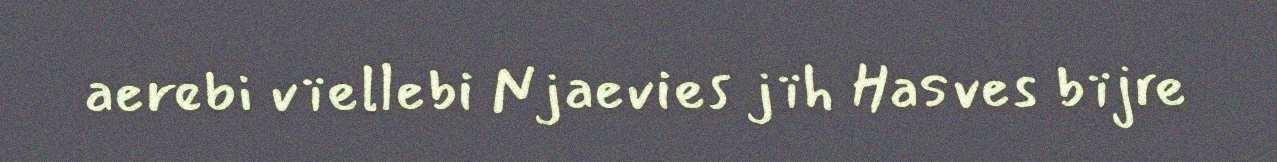
aerebi vïellebi Njaevies jïh Hasves bïjre